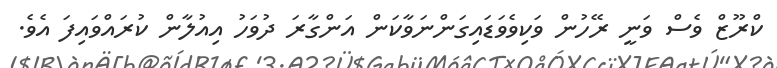
ކްރޫޒް ވެސް ވަނީ ރޭހުން ވަކިވެވަޑައިގަންނަވާކަން އަންގާރަ ދުވަހު އިއުލާން ކުރައްވައިފަ އެވެ.